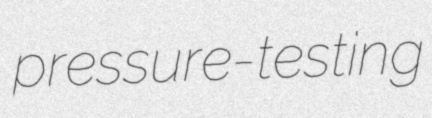
pressure-testing